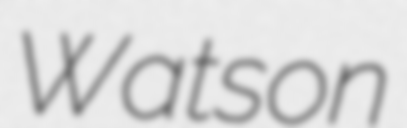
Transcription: Watson